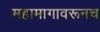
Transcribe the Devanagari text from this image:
महामागावरूनच